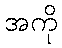
အကို